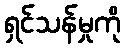
ရှင်သန်မှုကို